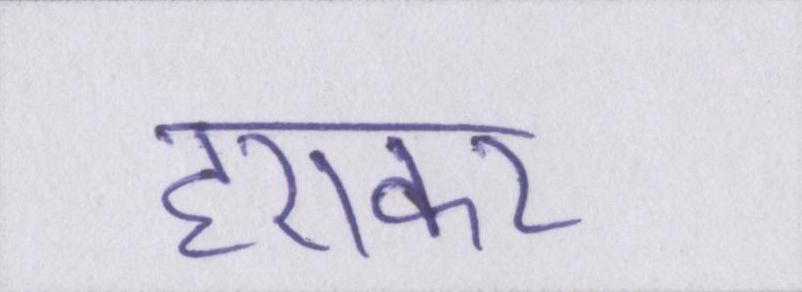
हराकर